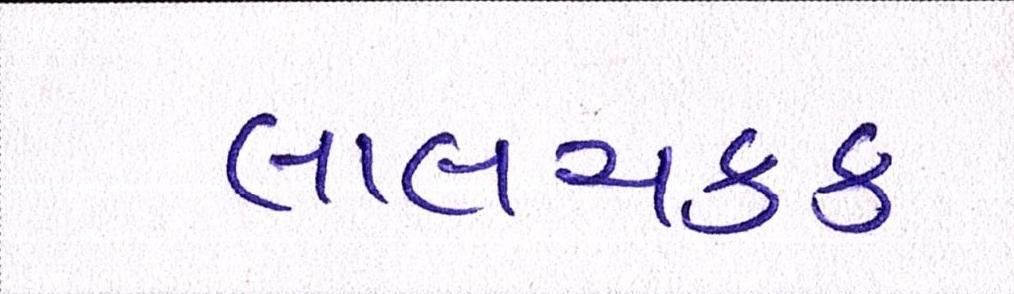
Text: લાલચટક